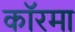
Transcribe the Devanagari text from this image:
कॉरमा